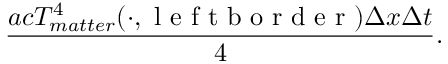
\frac { a c T _ { m a t t e r } ^ { 4 } ( \cdot , \mathrm { ~ l ~ e ~ f ~ t ~ b ~ o ~ r ~ d ~ e ~ r ~ } ) \Delta x \Delta t } { 4 } .